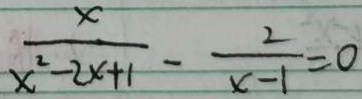
\frac { x } { x ^ { 2 } - 2 x + 1 } - \frac { 2 } { x - 1 } = 0